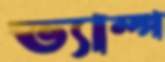
ভ্যাম্প